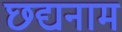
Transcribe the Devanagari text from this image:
छद्यनाम